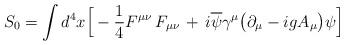
LaTeX: \begin{align*}S_0 = \int d^4 x \Big[ - {1\over 4} F^{\mu\nu}\,F_{\mu\nu} \, + \,i\overline \psi \gamma^\mu \big(\partial_\mu -ig A_\mu \big) \psi \Big]\end{align*}